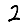
Digit: 2